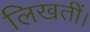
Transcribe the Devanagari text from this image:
लिखतीं।